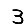
Digit: 3